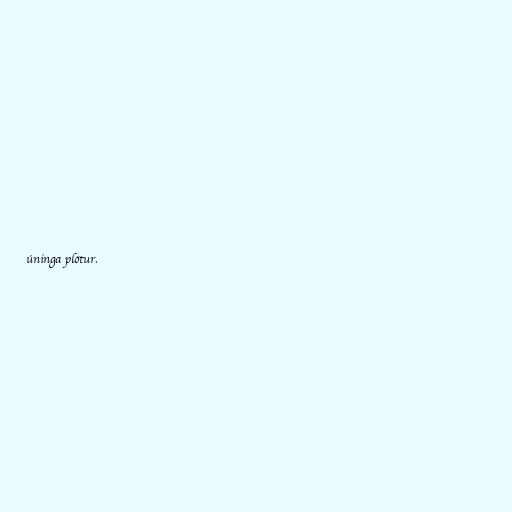
úninga plötur.